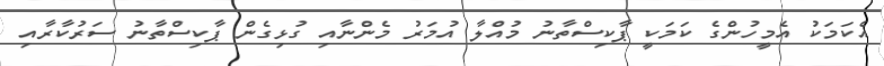
އެކަމަކު އެމީހުންގެ ކަމަކީ ޕާކިސްތާނު މުއްލާ އުމަރު މެންނާއި ގުޅިގެން ޕާކިސްތާނު ސަރުކާރާއި